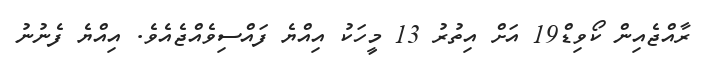
ރާއްޖެއިން ކޯވިޑް19 އަށް އިތުރު 13 މީހަކު އިއްޔެ ފައްސިވެއްޖެއެވެ. އިއްޔެ ފެނުނު